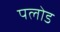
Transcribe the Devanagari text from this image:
पलोड